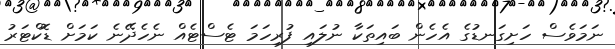
ނަމަވެސް ހަށިގަނޑުގެ އެހެން ބައިތަކާ ނުލައި ފުރިހަމަ ޓެސްޓެއް ނެހެދޭނެ ކަމަށް ޑޮކްޓަރު